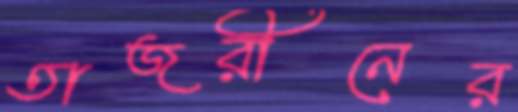
তাজরীনের